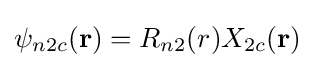
\psi _{n2c}(\mathbf {r} )=R_{n2}(r)X_{2c}(\mathbf {r} )